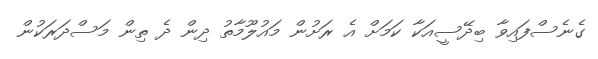
ގެނެސްފައިވާ ބިދޭސީއަކާ ކަމަށް އެ ރަށުން މައުލޫމާތު ދިން ދެ ތިން މަސްދަރަކުން